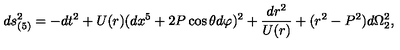
d s _ { ( 5 ) } ^ { 2 } = - d t ^ { 2 } + U ( r ) ( d x ^ { 5 } + 2 P \cos \theta d \varphi ) ^ { 2 } + { \frac { d r ^ { 2 } } { U ( r ) } } + ( r ^ { 2 } - P ^ { 2 } ) d \Omega _ { 2 } ^ { 2 } ,